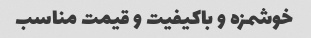
خوشمزه و باکیفیت و قیمت مناسب